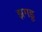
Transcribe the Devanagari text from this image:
झगडू